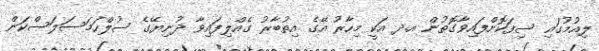
ލިއުމުގައި ސިފަކޮށްފައިވާގޮތުން އ.ދ އަކީ މިހާރު އޭގެ އިތުބާރު ގެއްލިފައިވާ ދުނިޔޭގެ ސުލްހަމަސަލަސްކަން